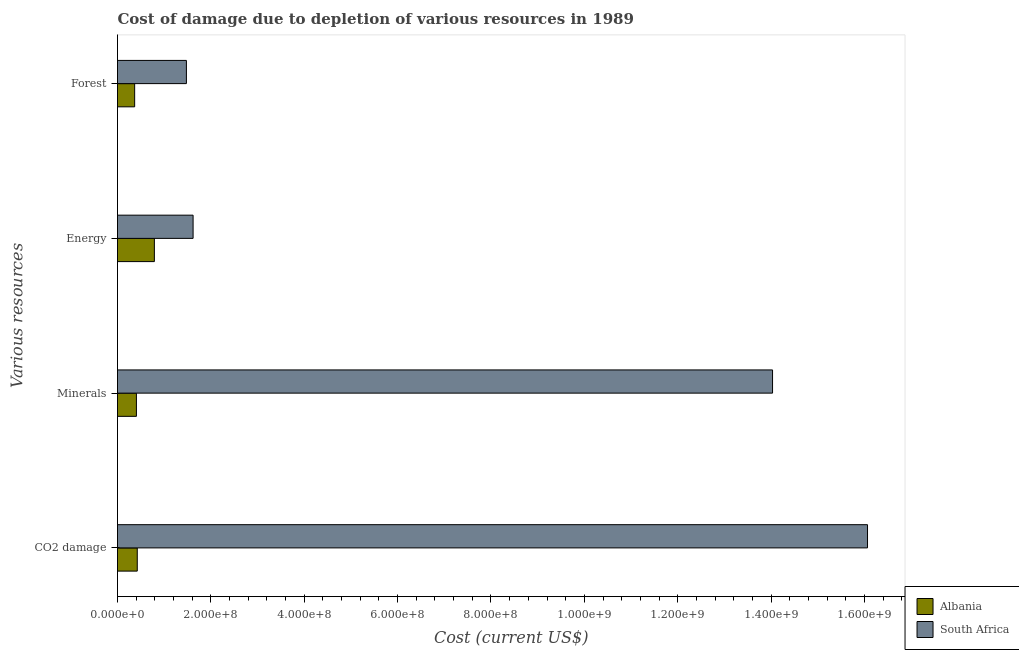
| Various resources | Albania | South Africa |
 | --- | --- | --- |
 | CO2 damage | 4.23e+07 | 1.61e+09 |
 | Minerals | 4.05e+07 | 1.4e+09 |
 | Energy | 7.9e+07 | 1.62e+08 |
 | Forest | 3.68e+07 | 1.48e+08 |